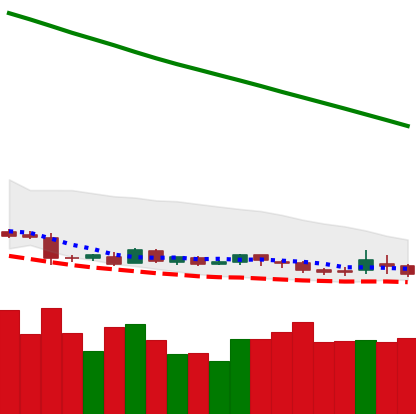
Ticker: DOGE-USD
Chart end date: 2019-01-27
Forward return: -5.476%
Label: down_5_7